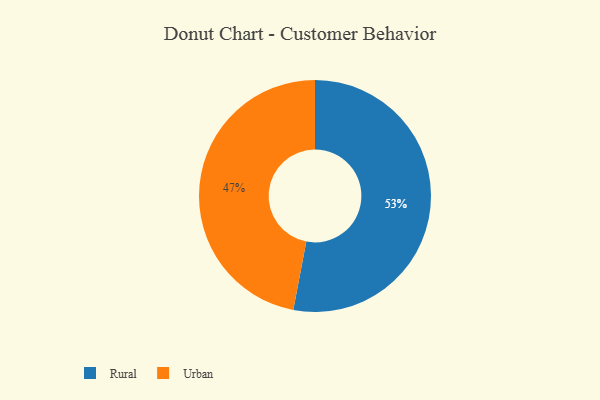
{"axis": {"x": "Category", "y": "Percentage"}, "legend": ["Rural", "Urban"], "data": [{"x": "Rural", "y": 53, "type": "Rural"}, {"x": "Urban", "y": 47, "type": "Urban"}]}